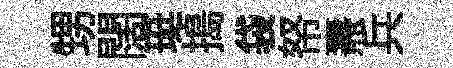
甥闊珽搗袋帑燾兵